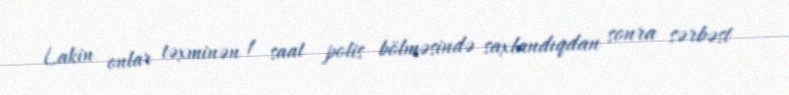
Lakin onlar təxminən 1 saat polis bölməsində saxlandıqdan sonra sərbəst